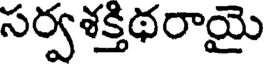
సర్వశక్తిథరాయై